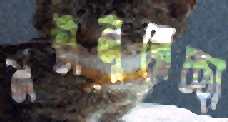
মঈনুন্নেচ্ছা